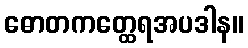
ဓောတကတ္ထေရအပဒါန။